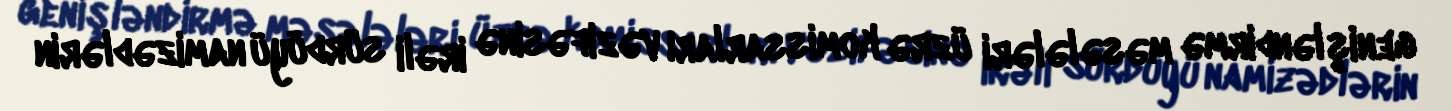
genişləndirmə məsələləri üzrə komissarları vəzifəsinə irəli sürdüyü namizədlərin